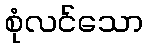
စုံလင်သော